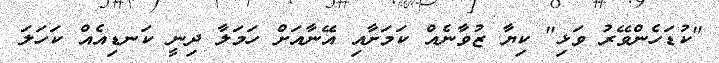
"ކުޑަހެންވޭރު ވަޅި" ކިޔާ ޒުވާނެއް ކަމަށާއި އޭނާއަށް ހަމަލާ ދިނީ ކަނޑިއެއް ކަހަލަ